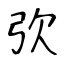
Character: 弞